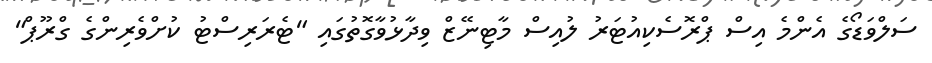
ސަލްވަޑޯގެ އެންމެ އިސް ޕްރޮސެކިއުޓަރު ލުއިސް މާޓިނޭޒް ވިދާޅުވާގޮތުގައި "ޓެރަރިސްޓު ކުށްވެރިންގެ ގްރޫޕް"